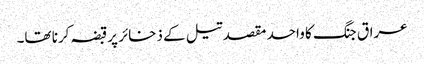
عراق جنگ کا واحد مقصد تیل کے ذخائر پرقبضہ کرنا تھا۔